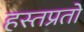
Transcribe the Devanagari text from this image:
हस्तप्रतों